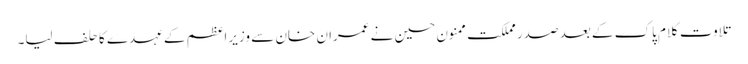
تلاوت کلام پاک کے بعد صدر مملکت ممنون حسین نے عمران خان سے وزیراعظم کے عہدے کا حلف لیا۔